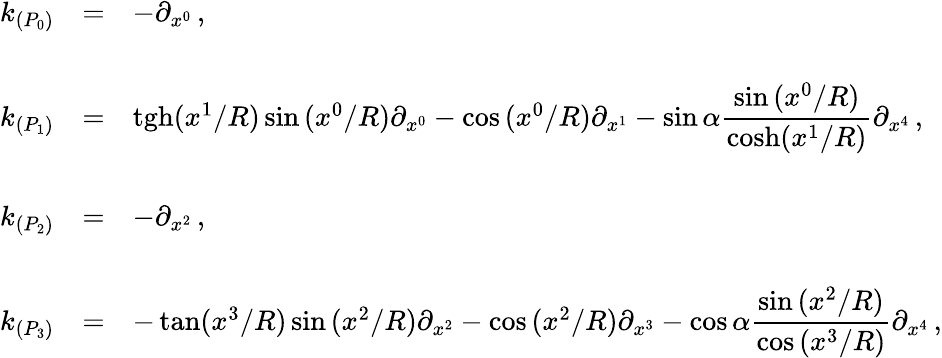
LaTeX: \begin{array}{rcl}{{k_{(P_{0})}}}&{{=}}&{{-\partial_{x^{0}}\, ,}}\\ {{}}&{{}}&{{}}\\ {{k_{(P_{1})}}}&{{=}}&{{\mathrm{tgh}(x^{1}/R)\sin{(x^{0}/R)}\partial_{x^{0}}-\cos{(x^{0}/R)}\partial_{x^{1}}-\sin{\alpha}{\displaystyle\frac{\sin{(x^{0}/R)}}{\mathrm{cosh}(x^{1}/R)}}\partial_{x^{4}}\, ,}}\\ {{}}&{{}}&{{}}\\ {{k_{(P_{2})}}}&{{=}}&{{-\partial_{x^{2}}\, ,}}\\ {{}}&{{}}&{{}}\\ {{k_{(P_{3})}}}&{{=}}&{{-\tan(x^{3}/R)\sin{(x^{2}/R)}\partial_{x^{2}}-\cos{(x^{2}/R)}\partial_{x^{3}}-\cos{\alpha}{\displaystyle\frac{\sin{(x^{2}/R)}}{\cos{(x^{3}/R)}}}\partial_{x^{4}}\, ,}}\end{array}